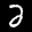
Label: 2